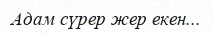
Адам сүрер жер екен...